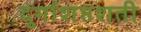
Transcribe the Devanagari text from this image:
दुर्गाशप्तशती